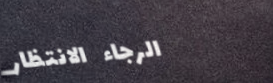
الرجاء الانتظار